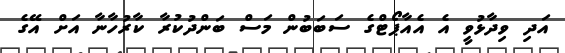
އަދި ވިދާޅުވީ އެ އެއާޕޯޓްގެ ސަބަބުން މަސް ބަންދުކުރާ ކާރުހާނާ އަށް އޭގެ